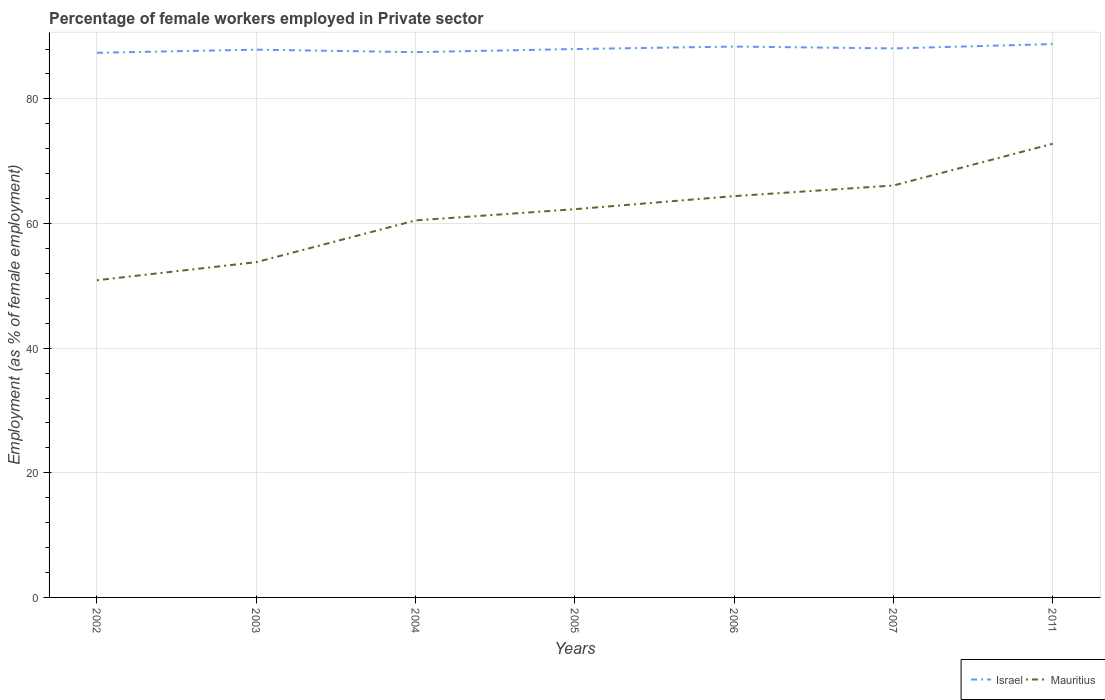
| Years | Israel | Mauritius |
 | --- | --- | --- |
 | 2002 | 87.4 | 50.9 |
 | 2003 | 87.9 | 53.8 |
 | 2004 | 87.5 | 60.5 |
 | 2005 | 88 | 62.3 |
 | 2006 | 88.4 | 64.4 |
 | 2007 | 88.1 | 66.1 |
 | 2011 | 88.8 | 72.8 |